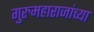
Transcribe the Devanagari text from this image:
गुरुमहाराजांच्या